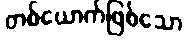
တစ်ယောက်ဖြစ်သော